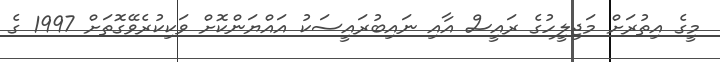
މީގެ އިތުރަށް މަޖިލީހުގެ ރައީސް އާއި ނައިބުރައީސަކު އައްޔަންކޮށް ވަކިކުރެވޭގޮތަށް 1997 ގެ